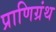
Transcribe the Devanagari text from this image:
प्राणिग्रंथ